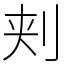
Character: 刾